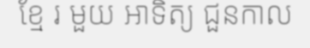
ខ្មែ រ មួយ អាទិត្យ ជួនកាល